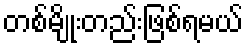
တစ်မျိုးတည်းဖြစ်ရမယ်